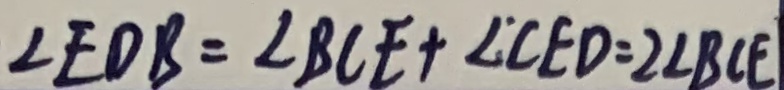
\angle E D B = \angle B C E + \angle C E D = 2 \angle B C E